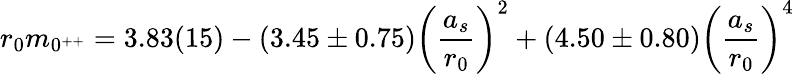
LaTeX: r_{0}m_{0^{++}}=3.83(15)-(3.45\pm 0.75)\biggl({\frac{a_{s}}{r_{0}}}\biggr)^{2}+(4.50\pm 0.80)\biggl({\frac{a_{s}}{r_{0}}}\biggr)^{4}